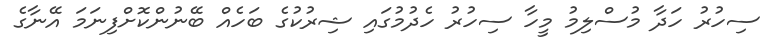
ސިހުރު ހަދާ މުސްލިމު މީހާ ސިހުރު ހެދުމުގައި ޝިރުކުގެ ބަހެއް ބޭނުންކޮށްފިނަމަ އޭނާގެ